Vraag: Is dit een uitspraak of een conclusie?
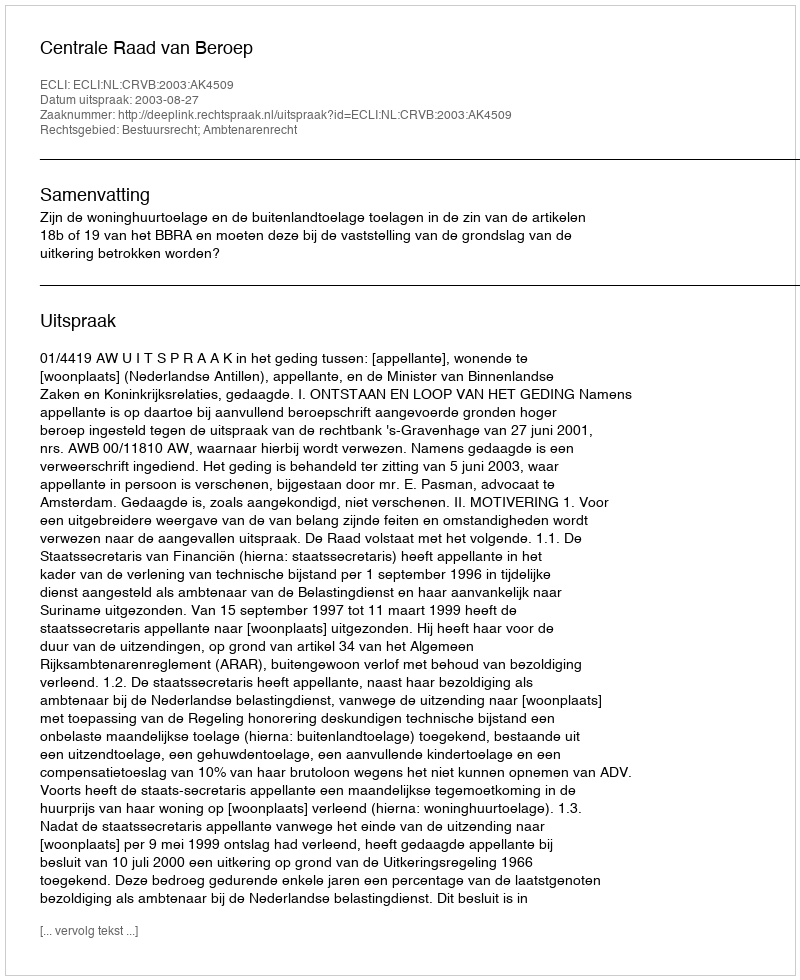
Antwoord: Uitspraak